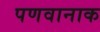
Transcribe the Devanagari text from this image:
पणवानाक